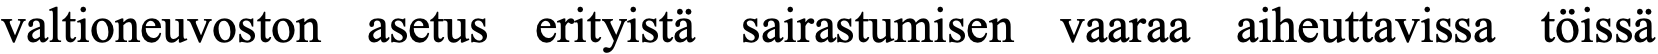
valtioneuvoston asetus erityistä sairastumisen vaaraa aiheuttavissa töissä